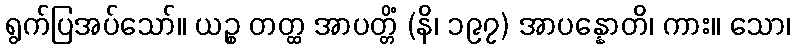
ရွက်ပြအပ်သော်။ ယဉ္စ တတ္ထ အာပတ္တိံ (နိ၊ ၁၉၇) အာပန္နောတိ၊ ကား။ သော၊